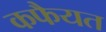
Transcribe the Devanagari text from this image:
कफैयत